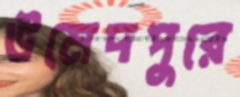
উমেদপুরে